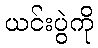
ယင်းပွဲကို